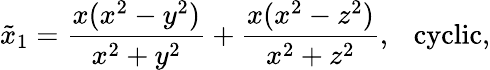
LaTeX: \tilde{x}_{1}=\frac{x(x^{2}-y^{2})}{x^{2}+y^{2}}+\frac{x(x^{2}-z^{2})}{x^{2}+z^{2}},\ \ \ \mathrm{cyclic},